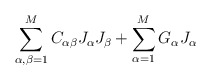
\begin{align*}\sum^M_{\alpha, \beta = 1} C_{\alpha\beta} J_{\alpha} J_{\beta} + \sum^M_{\alpha = 1}G_{\alpha} J_{\alpha}\end{align*}